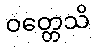
ဝတ္တေသိ